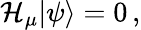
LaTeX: \mathcal{H}_{\mu}\vert\psi\rangle=0\, ,